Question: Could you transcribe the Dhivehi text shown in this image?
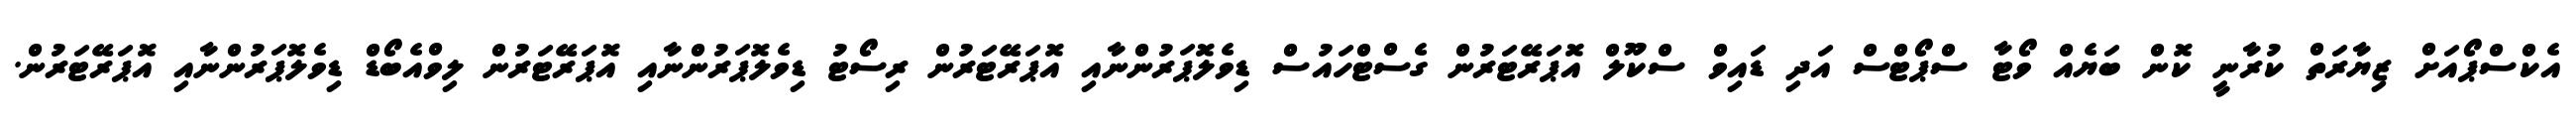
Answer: އެކްސްޕޯއަށް ޒިޔާރަތް ކުރާނީ ކޮން ބަޔެއް ވޯޓާ ސްޕޯޓްސް އަދި ޑައިވް ސްކޫލް އޮޕަރޭޓަރުން ގެސްޓްހައުސް ޑިވެލޮޕަރުންނާއި އޮޕަރޭޓަރުން ރިސޯޓު ޑިވެލޮޕަރުންނާއި އޮޕަރޭޓަރުން ލިވްއެބޯޑް ޑިވެލޮޕަރުންނާއި އޮޕަރޭޓަރުން.